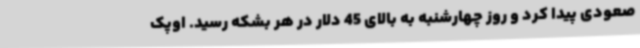
صعودی پیدا کرد و روز چهارشنبه به بالای 45 دلار در هر بشکه رسید. اوپک